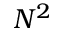
N ^ { 2 }